Civil Veterinary Department Bihar & Orissa reports 1911-21 - 1911-1921
Year: 1911
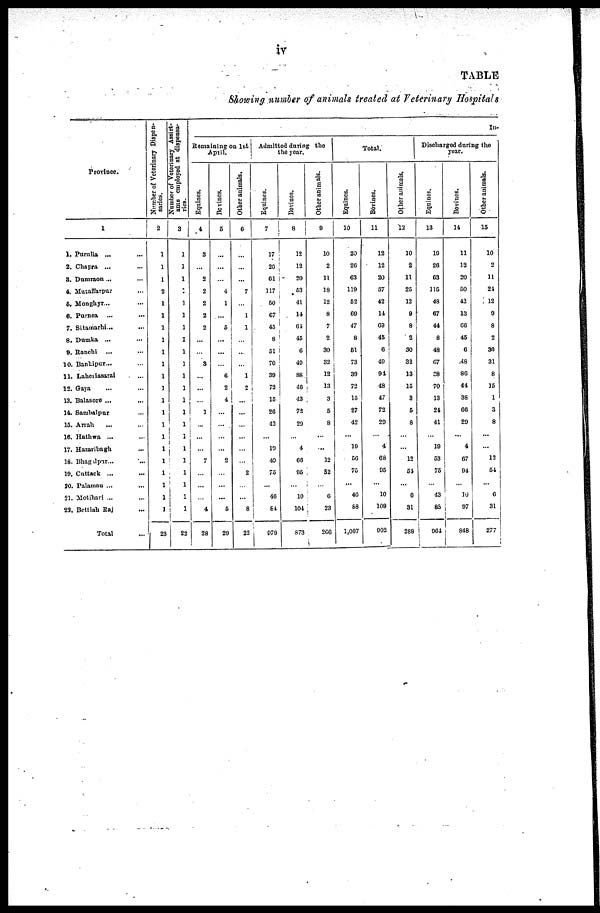
iv
TABLE
Showing number of animals treated at Veterinary Hospitals
Province.
1
1. Purulia ... ...
2. Chapra ... ...
3. Dumraon ... ...
4. Muzaffarpur ...
5. Monghyr... ...
6. Purnea ... ...
7. Sitamarhi... ...
8. Dumka ... ...
9. Ranchi ... ...
10. Bankipur... ...
11. Laheriasarai ...
12. Gaya ... ...
13. Balasore ... ...
14. Sambalpur ...
15. Arrah ... ...
16. Hathwa ... ...
17. Hazaribagh ...
18. Bhagalpur... ...
19. Cuttack ... ...
30. Palamau ... ...
21. Motihari ... ...
23. Bettiah Raj ...
Total ...
Number of Veterinary Dispen-
saries.
2
...
...
...
...
...
...
...
...
...
...
...
...
...
...
...
...
...
...
...
...
...
...
23
Number of Veterinary Assist-
ants employed at dispensa-
ries.
3
...
...
...
...
...
...
...
...
...
...
...
...
...
...
...
...
1
...
...
...
...
1
22
In-
Remaining on 1st
April.
Equines.
4
3
...
2
2
2
2
2
...
...
3
...
...
...
1
...
...
...
7
...
...
...
4
28
Bovines.
5
...
...
...
4
1
...
5
...
...
...
6
2
4
...
...
...
...
2
...
...
...
5
29
Other animals.
6
...
...
...
7
...
1
1
...
...
...
1
2
...
...
...
...
...
...
2
...
...
8
22
Admitted during the
the year.
Equines.
7
17
20
61
117
50
67
45
8
51
70
30
72
15
26
42
...
10
40
75
...
46
84
979
Bovines.
8
12
12
20
53
41
14
61
45
6
40
88
46
43
72
29
...
4
66
95
...
10
101
873
Other animals.
0
10
2
11
18
12
8
7
2
30
32
12
13
3
5
8
...
...
12
52
...
6
23
260
Total.
Equines.
10
20
26
63
119
52
69
47
8
51
73
39
72
15
27
42
...
19
56
75
...
46
68
1,007
Bovines.
11
12
12
20
57
42
14
69
45
6
49
94
48
47
72
20
...
4
68
95
...
10
109
902
Other animals,
12
10
2
11
25
12
9
8
2
90
32
13
15
8
5
8
...
...
12
51
...
6
31
288
Discharged during the
year.
Equines.
13
19
26
63
115
48
67
44
8
48
67
38
70
13
21
41
...
19
53
75
...
43
88
964
Bovines.
14
11
12
20
50
42
13
66
45
6
48
86
44
38
66
29
...
4
67
91
...
10
97
848
Other animals.
15
10
2
11
21
12
9
8
2
30
31
8
15
1
3
8
...
...
12
54
...
6
31
277